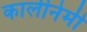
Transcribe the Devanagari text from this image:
कालीनेमी